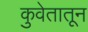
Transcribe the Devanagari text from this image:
कुवेतातून